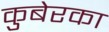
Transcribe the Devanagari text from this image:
कुबेरका